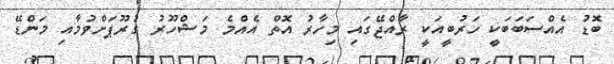
ބޮޑު އެއްސަބަބަކީ ހަރުބީއަކީ ރާއްޖޭގައި މިހާރު އޮތް އެއްމެ މަޝްހޫރު ގުރޫޕަށްވުމާއި މަންޑޭ